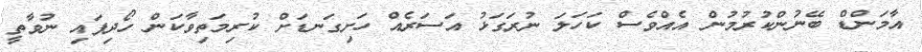
އާމަންޑް ބޭނުންކުރުމުން އެއްވެސް ކަހަލަ ނުރަގަޅު އަސަރެއް ހަށިގަނޑަށް ކުރިމަތިވާކަން ހޯދިފައި ނުވާތީ